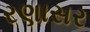
રણાસર